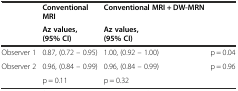
| <ROWSPAN=2>  | Conventional MRI | Conventional MRI + DW-MRN | <ROWSPAN=2>  |
 | Az values, (95% CI) | Az values, (95% CI) |
 | --- | --- | --- | --- |
 | Observer 1 | 0.87, (0.72 – 0.95) | 1.00, (0.92 – 1.00) | p = 0.04 |
 | Observer 2 | 0.96, (0.84 – 0.99) | 0.96, (0.84 – 0.99) | p = 0.96 |
 |  | p = 0.11 | p = 0.32 |  |